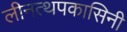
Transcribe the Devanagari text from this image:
लीनत्थपकासिनी